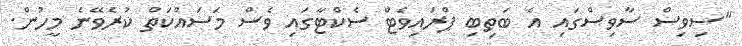
"ސިވިސް ސާވިސްގައި އެ ބަތިބި ޕްރައިވެޓް ސެކްޓާގައި ވެސް މަސައްކަތް ކުރެވޭނެ މީހުން.